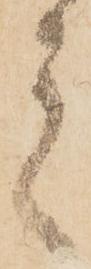
言